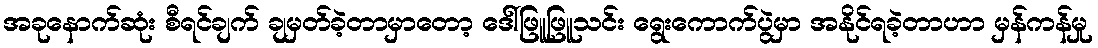
အခုနောက်ဆုံး စီရင်ချက် ချမှတ်ခဲ့တာမှာတော့ ဒေါ်ဖြူဖြူသင်း ရွေးကောက်ပွဲမှာ အနိုင်ရခဲ့တာဟာ မှန်ကန်မှု